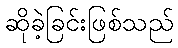
ဆိုခဲ့ခြင်းဖြစ်သည်